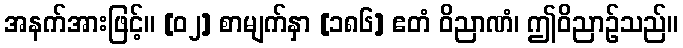
အနက်အားဖြင့်။ [၀၂] စာမျက်နှာ [၁၈၆] ဧတံ ဝိညာဏံ၊ ဤဝိညာဉ်သည်။